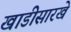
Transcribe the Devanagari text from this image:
खाडीसारखे